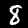
Label: 8